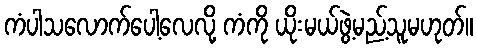
ကံပါသလောက်ပေါ့လေလို့ ကံကို ယိုးမယ်ဖွဲ့မည့်သူမဟုတ်။